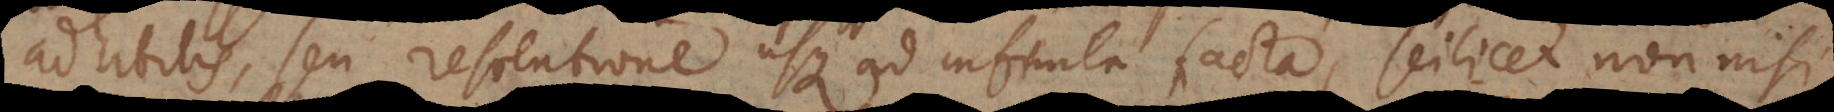
tis, seu resolutione usque ad infinita facta, scilicet non nisi